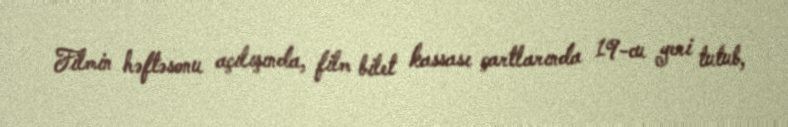
Filmin həftəsonu açılışında, film bilet kassası çartlarında 19-cu yeri tutub,